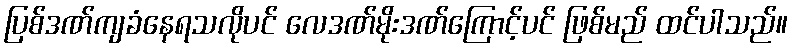
ပြစ်ဒဏ်ကျခံနေရသလိုပင် လေဒဏ်မိုးဒဏ်ကြောင့်ပင် ဖြစ်မည် ထင်ပါသည်။